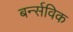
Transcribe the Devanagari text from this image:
बर्न्सविक